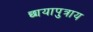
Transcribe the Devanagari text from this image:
छायापुत्राय